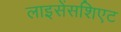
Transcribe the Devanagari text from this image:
लाइसेंसशिएट